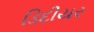
ડિદીયર